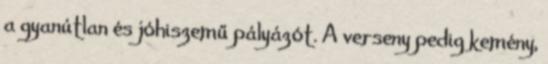
a gyanútlan és jóhiszemű pályázót. A verseny pedig kemény,